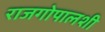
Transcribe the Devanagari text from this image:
राजगोपालशी